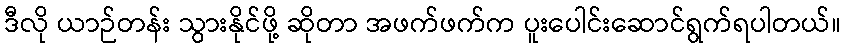
ဒီလို ယာဉ်တန်း သွားနိုင်ဖို့ ဆိုတာ အဖက်ဖက်က ပူးပေါင်းဆောင်ရွက်ရပါတယ်။